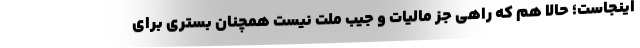
اینجاست؛ حالا هم که راهی جز مالیات و جیب ملت نیست همچنان بستری برای